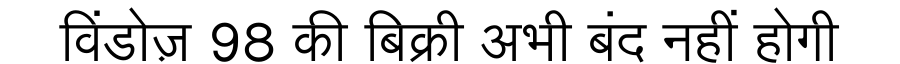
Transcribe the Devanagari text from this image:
विंडोज़ 98 की बिक्री अभी बंद नहीं होगी